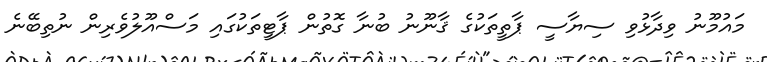
މައުމޫނު ވިދާޅުވި ސިޔާސީ ޕާތީތަކުގެ ޤާނޫނު ބުނާ ގޮތުން ޕާޓީތަކުގައި މަސްއޫލުވެރިން ނުތިބޭނެ